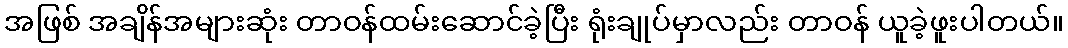
အဖြစ် အချိန်အများဆုံး တာဝန်ထမ်းဆောင်ခဲ့ပြီး ရုံးချုပ်မှာလည်း တာဝန် ယူခဲ့ဖူးပါတယ်။